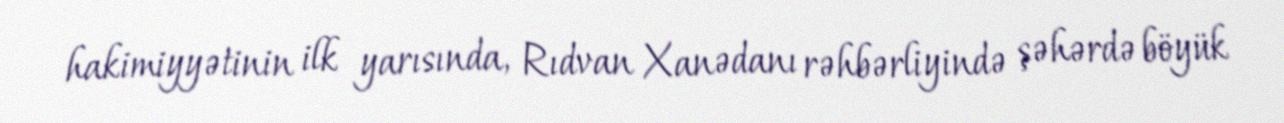
hakimiyyətinin ilk yarısında, Rıdvan Xanədanı rəhbərliyində şəhərdə böyük